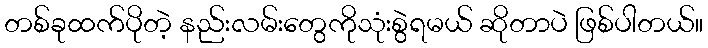
တစ်ခုထက်ပိုတဲ့ နည်းလမ်းတွေကိုသုံးစွဲရမယ် ဆိုတာပဲ ဖြစ်ပါတယ်။